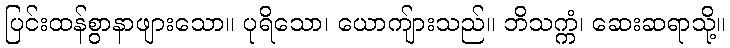
ပြင်းထန်စွာနာဖျားသော။ ပုရိသော၊ ယောကျ်ားသည်။ ဘိသက္ကံ၊ ဆေးဆရာသို့။